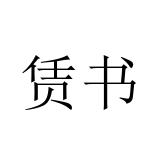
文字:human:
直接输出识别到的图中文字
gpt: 赁书